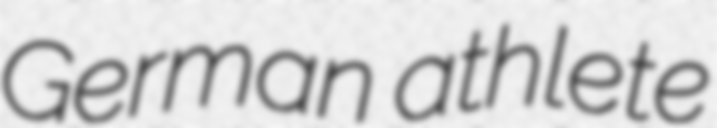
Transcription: German athlete